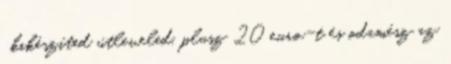
, kikészíted útleveled, plusz 20 euro-t és odamész az